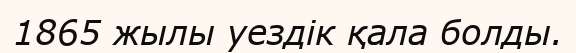
1865 жылы уездік қала болды.